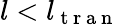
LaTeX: l<l_{\mathrm{~t~r~a~n~}}